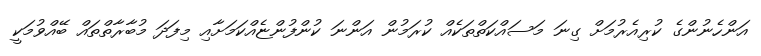
އަންހެނުންގެ ކުރިއެރުމަށް ގިނަ މަސައްކަތްތަކެއް ކުރަމުން އަންނަ ކުންފުންޏެއްކަމަށާއި މިފަދަ މުބާރާތްތައް ބޭއްވުމަކީ